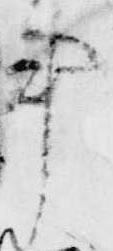
事